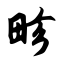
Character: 畛